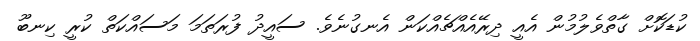
ކުޑަކޮށް ގާތްވެލުމުން އެއީ ދިރޭއެއްޗެއްކަން އެނގުނެވެ. ސައީދު ފުރަތަމަ މަސައްކަތް ކުރީ ކިނބޫ